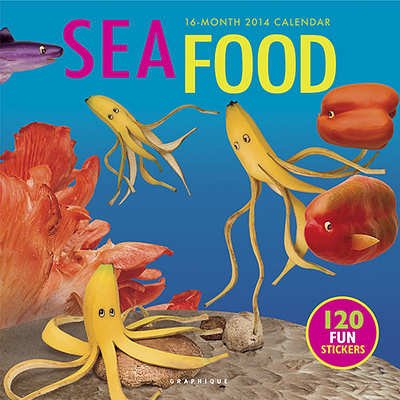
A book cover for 2014 Seafood: Play with Your Food Wall; Graphique de France; Calendars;